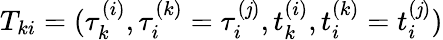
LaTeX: T_{ki}=(\tau_{k}^{(i)},\tau_{i}^{(k)}=\tau_{i}^{(\mathit{j})},t_{k}^{(i)},t_{i}^{(k)}=t_{i}^{(\mathit{j})})